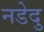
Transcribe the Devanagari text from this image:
नडेदु